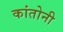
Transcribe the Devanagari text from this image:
कांतोनी